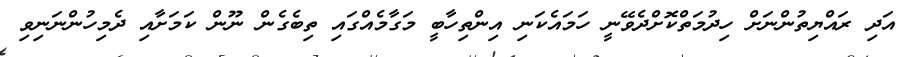
އަދި ރައްޔިތުންނަށް ހިދުމަތްކޮށްދެވޭނީ ހަމައެކަނި އިންތިހާބީ މަގާމެއްގައި ތިބެގެން ނޫން ކަމަށާއި ދެމިހުންނަނިވި